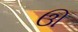
ઊ